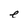
Character: e